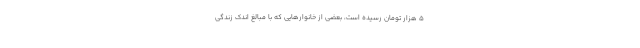
۵ هزار تومان رسیده است، بعضی از خانوارهایی که با مبالغ اندک زندگی